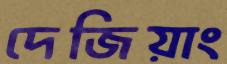
দেজিয়াং